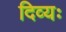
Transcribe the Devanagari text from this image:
दिव्यः